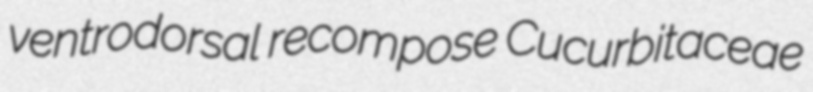
ventrodorsal recompose Cucurbitaceae